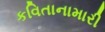
કવિતાનામારી